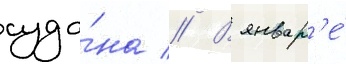
суда́на // В январ'е́